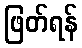
ဖြတ်ရန်